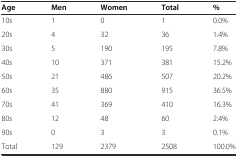
<table><thead><tr><td><b>Age</b></td><td><b>Men</b></td><td><b>Women</b></td><td><b>Total</b></td><td><b>%</b></td></tr></thead><tbody><tr><td>10s</td><td>1</td><td>0</td><td>1</td><td>0.0%</td></tr><tr><td>20s</td><td>4</td><td>32</td><td>36</td><td>1.4%</td></tr><tr><td>30s</td><td>5</td><td>190</td><td>195</td><td>7.8%</td></tr><tr><td>40s</td><td>10</td><td>371</td><td>381</td><td>15.2%</td></tr><tr><td>50s</td><td>21</td><td>486</td><td>507</td><td>20.2%</td></tr><tr><td>60s</td><td>35</td><td>880</td><td>915</td><td>36.5%</td></tr><tr><td>70s</td><td>41</td><td>369</td><td>410</td><td>16.3%</td></tr><tr><td>80s</td><td>12</td><td>48</td><td>60</td><td>2.4%</td></tr><tr><td>90s</td><td>0</td><td>3</td><td>3</td><td>0.1%</td></tr><tr><td>Total</td><td>129</td><td>2379</td><td>2508</td><td>100.0%</td></tr></tbody></table>